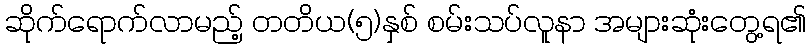
ဆိုက်ရောက်လာမည့် တတိယ(၅)နှစ် စမ်းသပ်လူနာ အများဆုံးတွေ့ရ၏